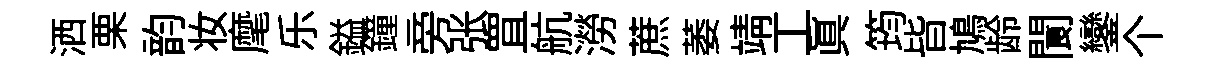
洒栗韵妆麾乐鎰鐘旁张罝航澇蔗萎靖工真筠𣅜鳩龄閬鑾个